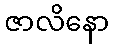
ဇာလိနော